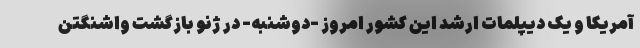
آمریکا و یک دیپلمات ارشد این کشور امروز -دوشنبه- در ژنو بازگشت واشنگتن